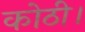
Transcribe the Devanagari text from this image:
कोठी।